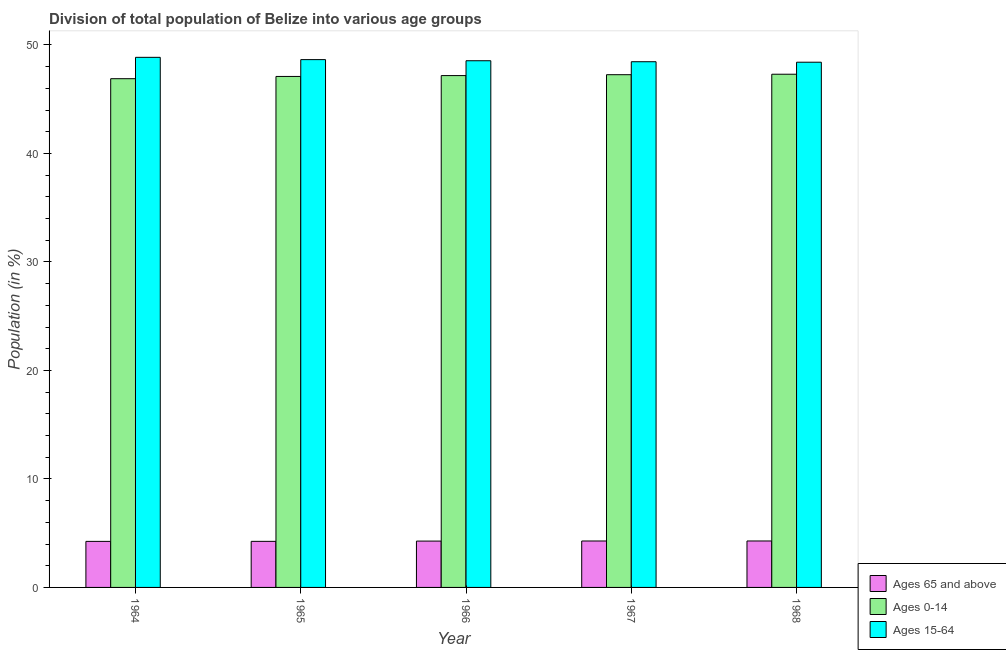
| Year | Ages 65 and above | Ages 0-14 | Ages 15-64 |
 | --- | --- | --- | --- |
 | 1964 | 4.24 | 46.9 | 48.9 |
 | 1965 | 4.25 | 47.1 | 48.7 |
 | 1966 | 4.27 | 47.2 | 48.5 |
 | 1967 | 4.28 | 47.3 | 48.5 |
 | 1968 | 4.28 | 47.3 | 48.4 |